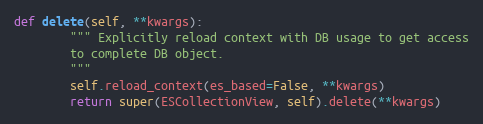
Language: Python
def delete(self, **kwargs):
        """ Explicitly reload context with DB usage to get access
        to complete DB object.
        """
        self.reload_context(es_based=False, **kwargs)
        return super(ESCollectionView, self).delete(**kwargs)